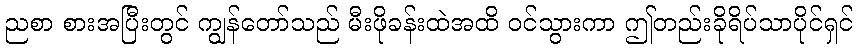
ညစာ စားအပြီးတွင် ကျွန်တော်သည် မီးဖိုခန်းထဲအထိ ဝင်သွားကာ ဤတည်းခိုရိပ်သာပိုင်ရှင်